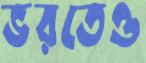
ভরতেও